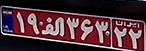
۱۹ا۳۶۳۲۲